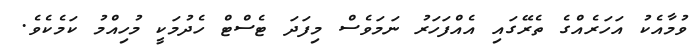
ވުމާއެކު އަހަރެއްގެ ތެރޭގައި އެއްފަހަރު ނަމަވެސް މިފަދަ ޓެސްޓް ހެދުމަކީ މުހިއްމު ކަމެކެވެ.